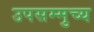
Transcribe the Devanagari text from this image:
उपसम्मुच्य